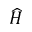
\widehat { H }